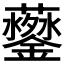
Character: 𲇩